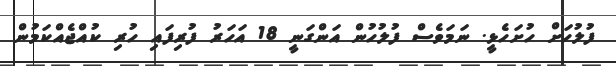
ފުލުހަށް ހުށަހެޅީ. ނަމަވެސް ފުލުހުން އަންގަނީ 18 އަހަރު ފުރިފައި ހުރި ކުއްޖެއްކަމުން